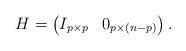
LaTeX: \begin{align*}H = \begin{pmatrix}I_{p\times p} & 0_{p \times (n-p)} \end{pmatrix}.\end{align*}